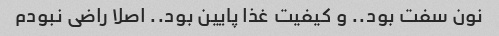
نون سفت بود.. و کیفیت غذا پایین بود.. اصلا راضی نبودم